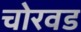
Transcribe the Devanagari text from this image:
चोरवड